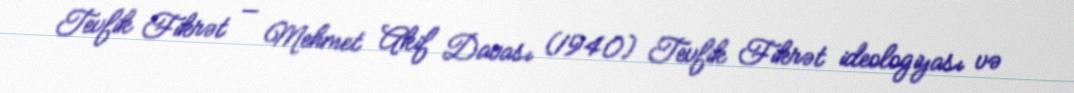
Tevfik Fikrət — Mehmet Akif Davası (1940) Tevfik Fikrət ideologiyası və